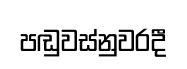
පඬුවස්නුවරදී